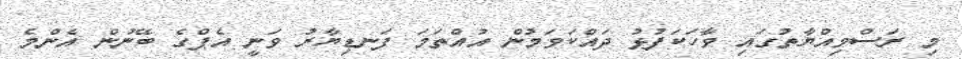
މި ރަސްމިއްޔާތުގައި ވާހަކަފުޅު ދައްކަވަމުން އުއްތަމަ ފަނޑިޔާރު ވަނީ އެޕްގެ ބޭނުން އެންމެ